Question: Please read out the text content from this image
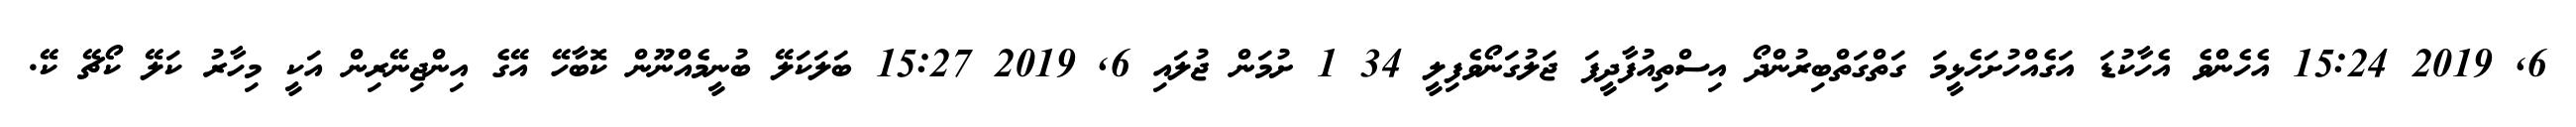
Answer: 6, 2019 15:24 އެހެންވެ އެހާކުޑަ އަގެއްހުށަހެޅީމަ ގަތްގަތްބިރުންދޯ އިސްތިއުފާދީފަ ޖަލުގަނޯވެފިލީ 34 1 ށުމަން ޖުލައި 6, 2019 15:27 ބަލަކަލޭ ބުނީމެއްނޫން ކޮބާހޭ އޭގެ އިންޖިނޭރިން އަކީ މިހާރު ކަލޭ ކޯޗޭ ކޭ.